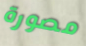
مصورة